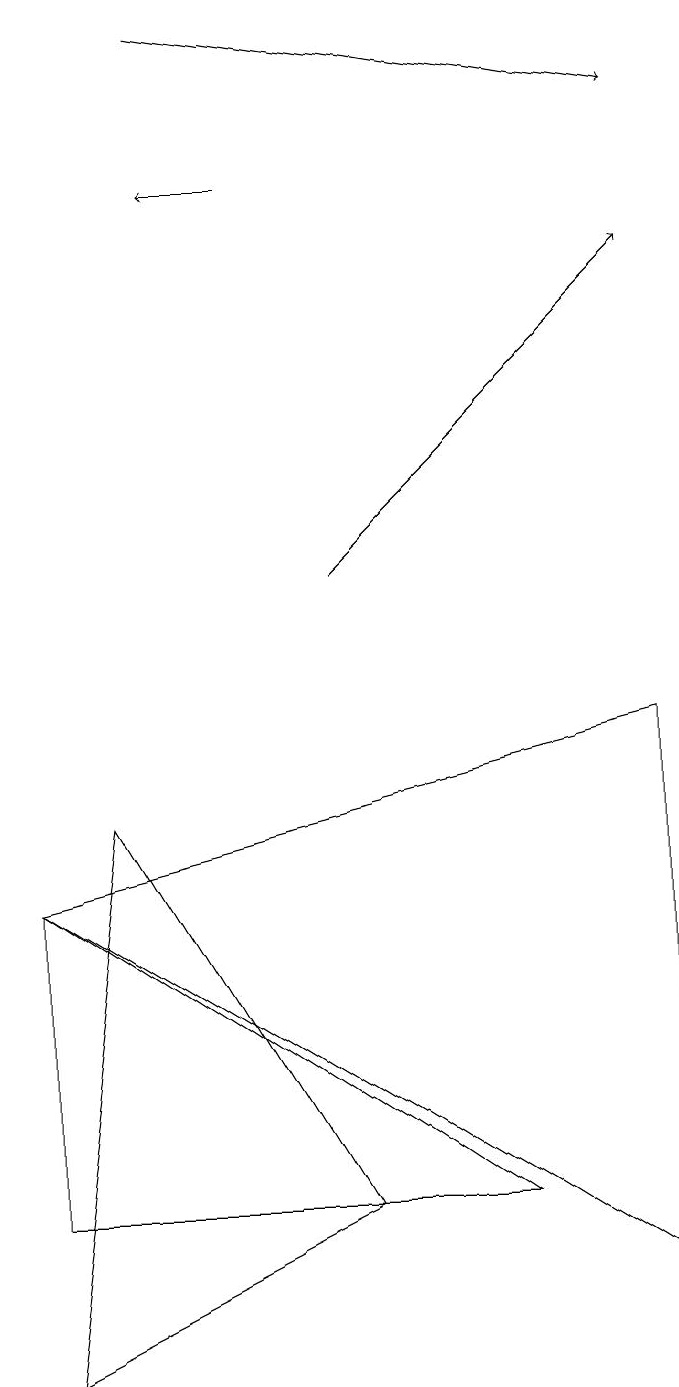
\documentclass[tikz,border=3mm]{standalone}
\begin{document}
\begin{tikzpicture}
\draw[->] (2,17) -- (8,16);
\draw[->] (3,15) -- (2,15);
\draw (0,0) -- (4,2) -- (1,7) -- cycle;
\draw (8,1) -- (8,8) -- (0,6) -- cycle;
\draw (0,2) -- (0,6) -- (6,2) -- cycle;
\draw[->] (4,10) -- (8,14);
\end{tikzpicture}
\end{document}